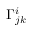
\Gamma _ { j k } ^ { i }